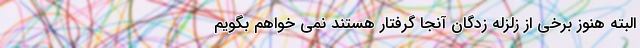
البته هنوز برخی از زلزله زدگان آنجا گرفتار هستند نمی خواهم بگویم